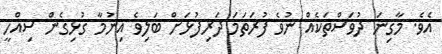
އެވެ. މާގިނަ ދުވަސްތަކެއް ނުވެ ފުރަތަމަ ދަރިފުޅަށް ބަލިވެ އިނުމާ ގުޅިގެން ސިއްހީ